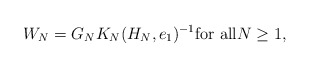
\begin{align*} W_N= G_N K_N(H_N,e_1)^{-1} \textrm{for all} N\geq 1,\end{align*}